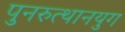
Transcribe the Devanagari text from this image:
पुनरुत्थानयुग